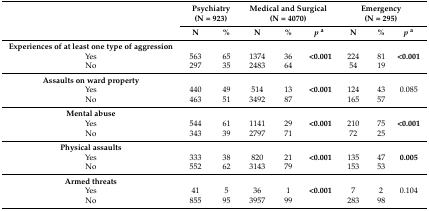
<table><thead><tr><td rowspan="2"></td><td colspan="2"><b>Psychiatry (N = 923)</b></td><td colspan="3"><b>Medical and Surgical (N = 4070)</b></td><td colspan="3"><b>Emergency (N = 295)</b></td></tr><tr><td><b>N</b></td><td><b>%</b></td><td><b>N</b></td><td><b>%</b></td><td><b><i>p</i><sup>a</sup></b></td><td><b>N</b></td><td><b>%</b></td><td><b><i>p</i><sup>a</sup></b></td></tr></thead><tbody><tr><td><b>Experiences of at least one type of aggression</b></td><td></td><td></td><td></td><td></td><td></td><td></td><td></td><td></td></tr><tr><td>Yes</td><td>563</td><td>65</td><td>1374</td><td>36</td><td><b>&lt;0.001</b></td><td>224</td><td>81</td><td><b>&lt;0.001</b></td></tr><tr><td>No</td><td>297</td><td>35</td><td>2483</td><td>64</td><td></td><td>54</td><td>19</td><td></td></tr><tr><td><b>Assaults on ward property</b></td><td></td><td></td><td></td><td></td><td></td><td></td><td></td><td></td></tr><tr><td>Yes</td><td>440</td><td>49</td><td>514</td><td>13</td><td><b>&lt;0.001</b></td><td>124</td><td>43</td><td>0.085</td></tr><tr><td>No</td><td>463</td><td>51</td><td>3492</td><td>87</td><td></td><td>165</td><td>57</td><td></td></tr><tr><td><b>Mental abuse</b></td><td></td><td></td><td></td><td></td><td></td><td></td><td></td><td></td></tr><tr><td>Yes</td><td>544</td><td>61</td><td>1141</td><td>29</td><td><b>&lt;0.001</b></td><td>210</td><td>75</td><td><b>&lt;0.001</b></td></tr><tr><td>No</td><td>343</td><td>39</td><td>2797</td><td>71</td><td></td><td>72</td><td>25</td><td></td></tr><tr><td><b>Physical assaults</b></td><td></td><td></td><td></td><td></td><td></td><td></td><td></td><td></td></tr><tr><td>Yes</td><td>333</td><td>38</td><td>820</td><td>21</td><td><b>&lt;0.001</b></td><td>135</td><td>47</td><td><b>0.005</b></td></tr><tr><td>No</td><td>552</td><td>62</td><td>3143</td><td>79</td><td></td><td>153</td><td>53</td><td></td></tr><tr><td><b>Armed threats</b></td><td></td><td></td><td></td><td></td><td></td><td></td><td></td><td></td></tr><tr><td>Yes</td><td>41</td><td>5</td><td>36</td><td>1</td><td><b>&lt;0.001</b></td><td>7</td><td>2</td><td>0.104</td></tr><tr><td>No</td><td>855</td><td>95</td><td>3957</td><td>99</td><td></td><td>283</td><td>98</td><td></td></tr></tbody></table>